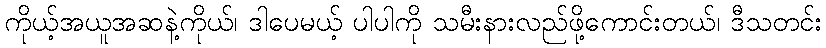
ကိုယ့်အယူအဆနဲ့ကိုယ်၊ ဒါပေမယ့် ပါပါကို သမီးနားလည်ဖို့ကောင်းတယ်၊ ဒီသတင်း